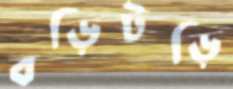
বড়িটড়ি